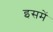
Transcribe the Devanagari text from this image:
इसमंे